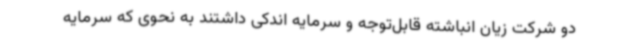
دو شرکت زیان انباشته قابل‌توجه و سرمایه اندکی داشتند به نحوی که سرمایه